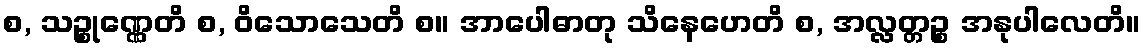
စ, သဉ္စုဏ္ဏေတိ စ, ဝိသောသေတိ စ။ အာပေါဓာတု သိနေဟေတိ စ, အလ္လတ္တဉ္စ အနုပါလေတိ။